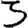
Digit: 3